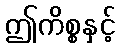
ဤကိစ္စနှင့်